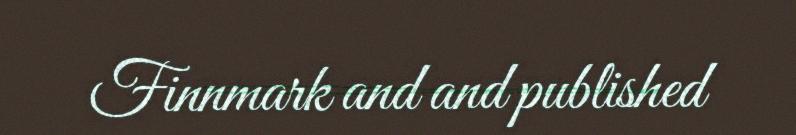
Finnmark and and published